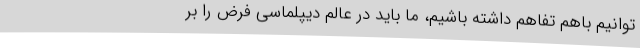
توانیم باهم تفاهم داشته باشیم، ما باید در عالم دیپلماسی فرض را بر